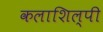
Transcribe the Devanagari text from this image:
कलाशिल्पी